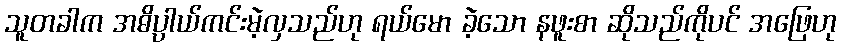
သူတခါက အဓိပ္ပာယ်ကင်းမဲ့လှသည်ဟု ရယ်မော ခဲ့သော နဖူးစာ ဆိုသည်ကိုပင် အဖြေဟု